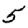
Digit: 5